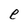
Character: e